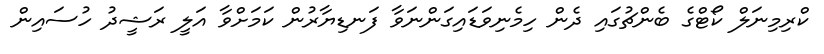
ކްރިމިނަލް ކޯޓްގެ ބެންޗުގައި ދެން ހިމެނިވަޑައިގަންނަވާ ފަނޑިޔާރުން ކަމަށްވާ އަލީ ރަޝީދު ހުސައިން